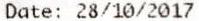
DATE: 28/10/2017